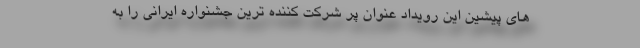
های پیشین این رویداد عنوان پر شرکت کننده ترین جشنواره ایرانی را به